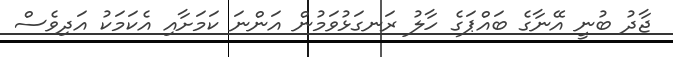
ޖާދު ބުނީ އޭނާގެ ބައްޕަގެ ހާލު ރަނގަޅުވަމުން އަންނަ ކަމަށާއި އެކަމަކު އަދިވެސް